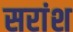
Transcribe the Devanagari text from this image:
सरांश